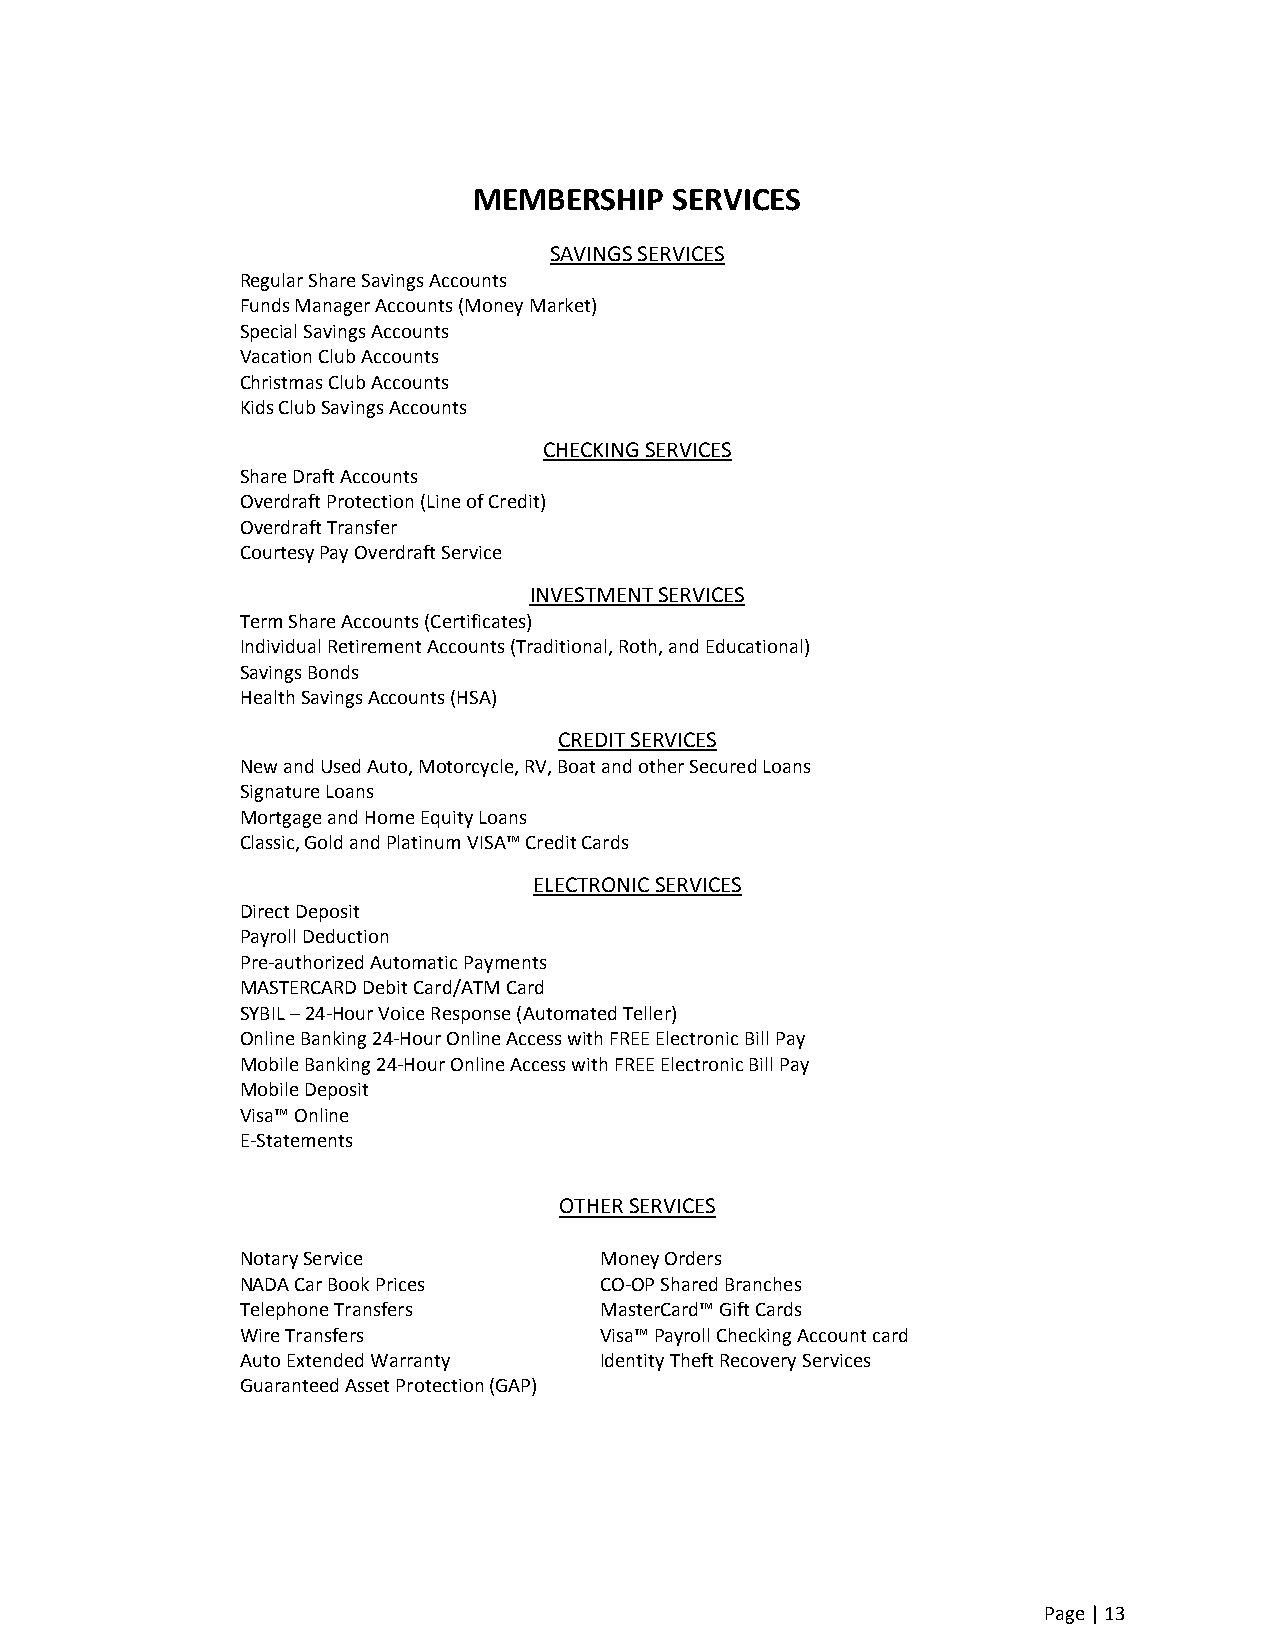
MEMBERSHIP    SERVICES
 SAVINGS SERVICES
 Regular Share Savings Accounts
 Funds Manager Accounts (Money Market)
 Special Savings Accounts
 Vacation Club Accounts
 Christmas Club Accounts
 Kids Club Savings Accounts
 CHECKING SERVICES
 Share Draft Accounts
 Overdraft Protection (Line of Credit)
 Overdraft Transfer
 Courtesy Pay Overdraft Service
 INVESTMENT SERVICES
 Term Share Accounts (Certificates)
 Individual Retirement Accounts (Traditional, Roth, and Educational)
 Savings Bonds
 Health Savings Accounts (HSA)
 CREDIT SERVICES
 New and Used Auto, Motorcycle, RV, Boat and other Secured Loans
 Signature Loans
 Mortgage and Home Equity Loans
 Classic, Gold and Platinum VISA™ Credit Cards
 ELECTRONIC SERVICES
 Direct Deposit
 Payroll Deduction
 Pre-authorized Automatic Payments
 MASTERCARD Debit Card/ATM Card
 SYBIL – 24-Hour Voice Response (Automated Teller)
 Online Banking 24-Hour Online Access with FREE Electronic Bill Pay
 Mobile Banking 24-Hour Online Access with FREE Electronic Bill Pay
 Mobile Deposit
 Visa™ Online
 E-Statements
 OTHER SERVICES
 Notary Service          Money Orders
 NADA Car Book Prices    CO-OP Shared Branches
 Telephone Transfers     MasterCard™ Gift Cards
 Wire Transfers          Visa™ Payroll Checking Account card
 Auto Extended Warranty  Identity Theft Recovery Services
 Guaranteed Asset Protection (GAP)
 Page | 13